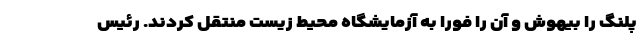
پلنگ را بیهوش و آن را فورا به آزمایشگاه محیط زیست منتقل کردند. رئیس